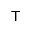
\intercal